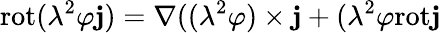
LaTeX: \mathrm{rot}(\lambda^{2}\varphi{\mathbf j})=\nabla((\lambda^{2}\varphi)\times{\mathbf j}+(\lambda^{2}\varphi\mathrm{rot}{\mathbf j}